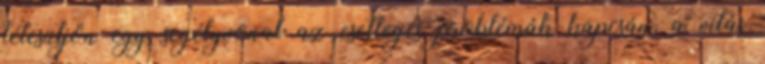
létesüljön egy segélyvonal az esetleges problémák kapcsán, a vitás